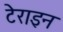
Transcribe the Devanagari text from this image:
टेराइन